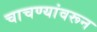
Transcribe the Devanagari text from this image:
चाचण्यांवरून